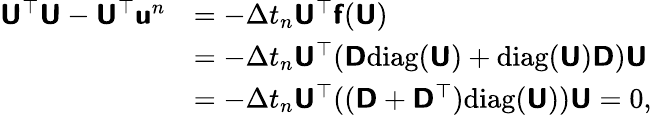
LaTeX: \begin{array}{rl}{\mathbf{\boldsymbol{\mathsf{U}}}^{\top}\mathbf{\boldsymbol{\mathsf{U}}}-\mathbf{\boldsymbol{\mathsf{U}}}^{\top}\mathbf{\boldsymbol{\mathsf{u}}}^{n}}&{=-\Delta t_{n}\mathbf{\boldsymbol{\mathsf{U}}}^{\top}\mathbf{\boldsymbol{\mathsf{f}}}(\mathbf{\boldsymbol{\mathsf{U}}})}\\ &{=-\Delta t_{n}\mathbf{\boldsymbol{\mathsf{U}}}^{\top}(\mathbf{\boldsymbol{\mathsf{D}}}\mathrm{diag}(\mathbf{\boldsymbol{\mathsf{U}}})+\mathrm{diag}(\mathbf{\boldsymbol{\mathsf{U}}})\mathbf{\boldsymbol{\mathsf{D}}})\mathbf{\boldsymbol{\mathsf{U}}}}\\ &{=-\Delta t_{n}\mathbf{\boldsymbol{\mathsf{U}}}^{\top}((\mathbf{\boldsymbol{\mathsf{D}}}+\mathbf{\boldsymbol{\mathsf{D}}}^{\top})\mathrm{diag}(\mathbf{\boldsymbol{\mathsf{U}}}))\mathbf{\boldsymbol{\mathsf{U}}}=0,}\end{array}